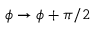
\phi \to \phi + \pi / 2